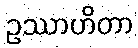
ဥဿာဟိတာ